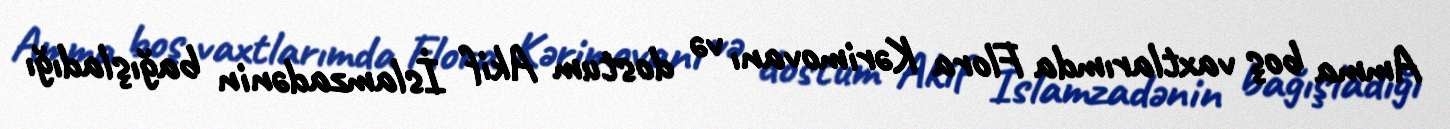
Amma boş vaxtlarımda Flora Kərimovanı və dostum Akif İslamzadənin bağışladığı